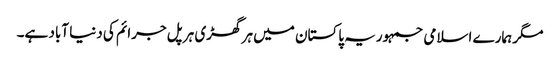
مگر ہمارے اسلامی جمہوریہ پاکستان میں ہر گھڑی ہر پل جرائم کی دنیا آباد ہے۔